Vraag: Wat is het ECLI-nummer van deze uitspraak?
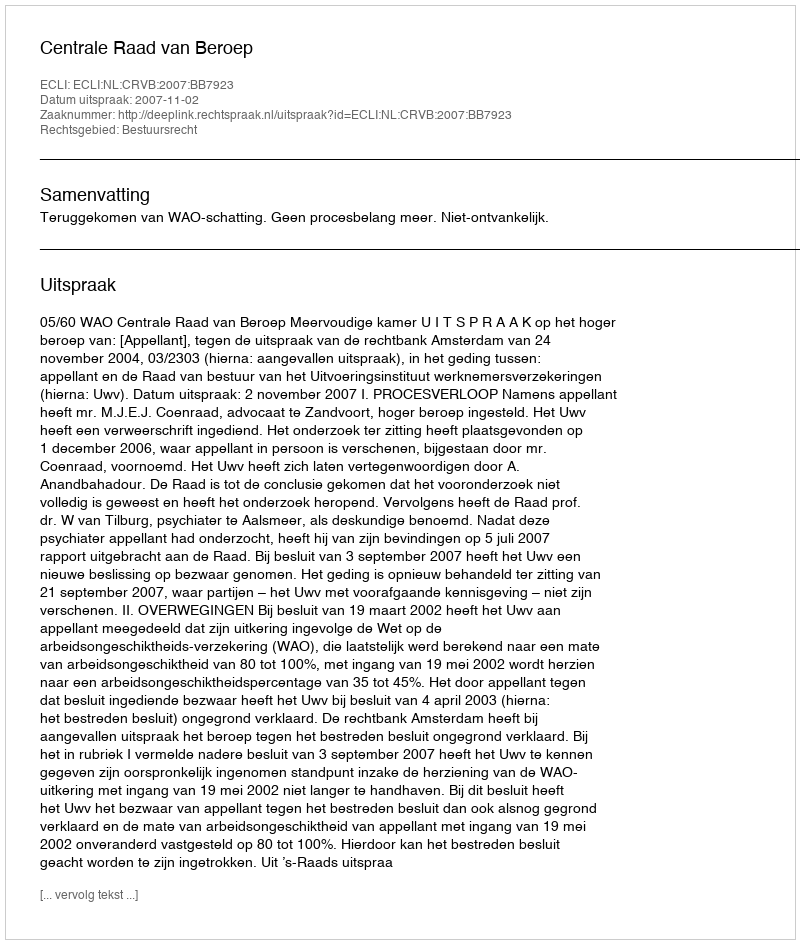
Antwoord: ECLI:NL:CRVB:2007:BB7923